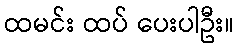
ထမင်း ထပ် ပေးပါဦး။